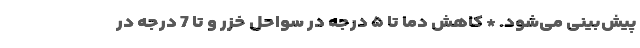
پیش‌بینی می‌شود. * کاهش دما تا ۵ درجه در سواحل خزر و تا 7 درجه در